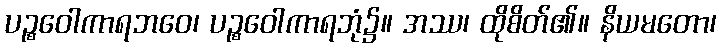
ပဉ္စဝေါကာရဘဝေ၊ ပဉ္စဝေါကာရဘုံ၌။ အဿ၊ ထိုစိတ်၏။ နိယမတော၊